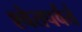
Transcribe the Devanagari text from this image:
श्वेतपर्वतं